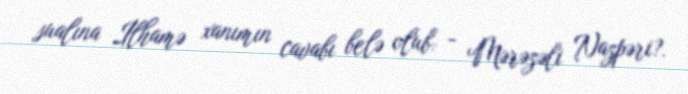
sualına İlhamə xanımın cavabı belə olub: - Mərəzəli Nazpəri?.